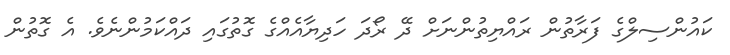
ކައުންސިލްގެ ފަރާތުން ރައްޔިތުންނަަށް ދޭ ރޯދަ ހަދިޔާއެއްގެ ގޮތުގައި ދައްކަމުންނެވެ. އެ ގޮތުން